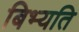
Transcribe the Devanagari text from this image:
बिभ्यति